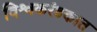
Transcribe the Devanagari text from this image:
विश्वकरंडकात